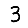
Digit: 3